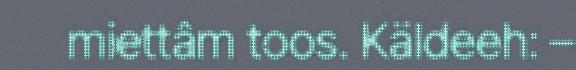
miettâm toos. Käldeeh: –